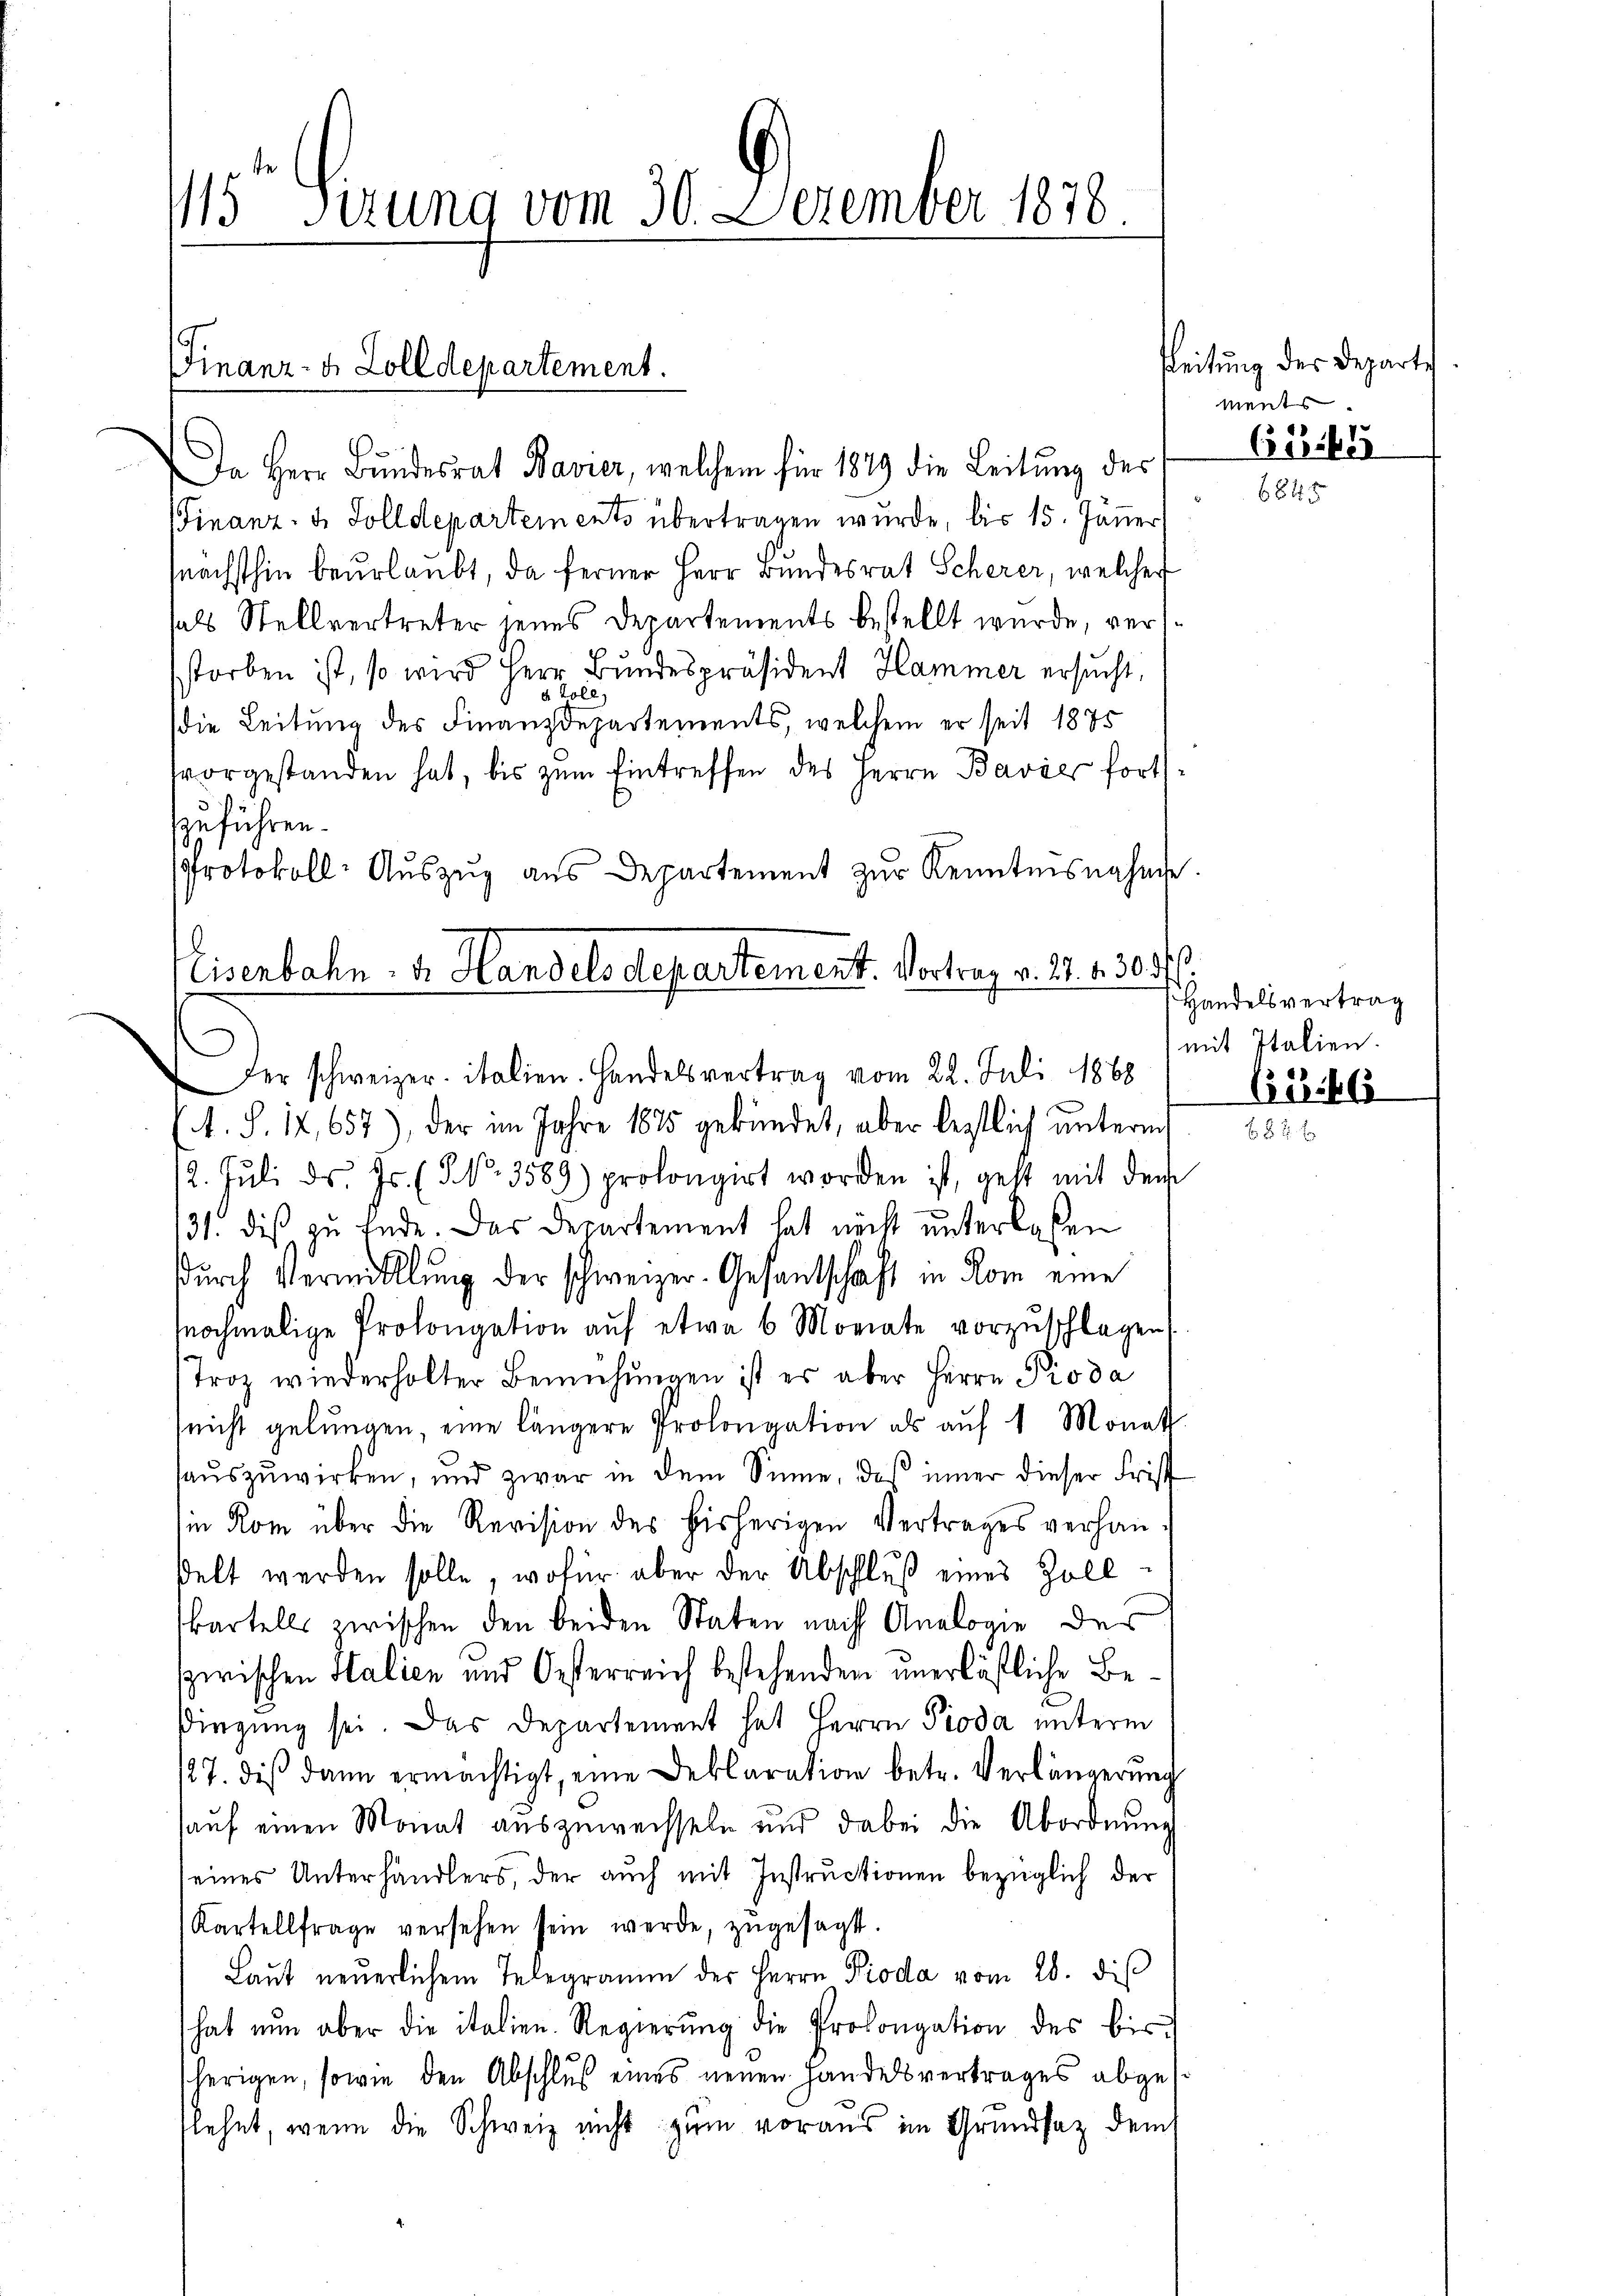
15 Perung vom 30. December 1878

Finanz- u. Zolldepartement.

Eisenbahn. v. Handelsdepartement. Vortrag v. 22. 1305/
Der schweizer italien. Handelsvertrag vom 22. Juli 1868

Da Herr Bundesrat Bavier, welchem für 1849 die Leitŭng des
Finanz- u. Solldepartements übertragen wurde, bis 15. Janer
nächsthin beurlaubt, da ferner Herr Bundesrat Scherer, welcher
als Stellvertreter jenes Departements bestellt wurde, versstorben ist, so wird Herr Bundespräsident Hammer ersucht,
d Zoll,
die Leitung des Finanzdepartements, welchem er seit 1875
svorgestanden hat, bis zŭm Eintreffen des Herrn Bavier fort.
zzuführen.
Protokoll: Auszug aus Departement zur Kenntnisnahme
A. S. 12,657), der im Jahre 1875 gekündet, aber bestlich unterm
12. Jŭli d. Js. (NNo. 3589) prolongirt worden ist, geht mit dem
31. dis zu Ende. Das Departement hat nicht unterlassen
durch Vermittlung der schweizer-Gesantschaft in Rom eine
ochmalige Prolongation auf etwa 6 Monate vorzŭschlagen
Troz wiederholter Bemühŭngen ist es aber Herrn Proda
nicht gelungen, eine längere Prolongation als auf 4 Monat
auszuwirken, und zwar in dem Sinne, daß inner dieser Frist
m Rom über die Revision des bisherigen Vertrages verhanelt werden solle, wofür aber der Abschluß eines Zoll
kartells zwischen den beiden Staten nach Analogie des
zwischen Italien und Oesterreich bestehenden unerläßliche Besingung sei. Das Departement hat Herrn Pioda unterm
127. diβ dann ermächtigt, eine Deklaration betr. Verlängerŭng
auf einen Monat auszuweisseln und dabei die Abordnung
eines Unterhändlers, der aŭch mit Instructionen bezüglich der
Kartellfrage versehen sein werde, zugesagt.
Laŭt neuerlichem Telegramm der Herrn Pioda vom 28. diβ
hat nŭn aber die italien-Regierŭng die Prolongation des bis
e
herigen, sowie den Abschluß eines neuen Handelsvertrages abgeflehnt, wenn die Schweiz nicht zum voraus im Grundsatz dem

sleitung der Departe
ments.
C61
6845

Handelsvertrag
mit Italien.

651866
 52 x